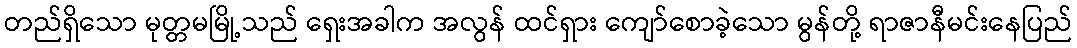
တည်ရှိသော မုတ္တမမြို့သည် ရှေးအခါက အလွန် ထင်ရှား ကျော်စောခဲ့သော မွန်တို့ ရာဇာနီမင်းနေပြည်